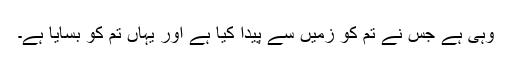
وہی ہے جس نے تم کو زمیں سے پیدا کیا ہے اور یہاں تم کو بسایا ہے۔